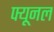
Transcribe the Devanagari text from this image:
फ्यूनल